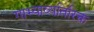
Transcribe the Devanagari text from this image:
गाभ्याव्यतिरिक्त